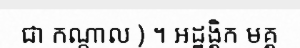
ជា កណ្តាល ) ។ អដ្ឋង្គិក មគ្គ